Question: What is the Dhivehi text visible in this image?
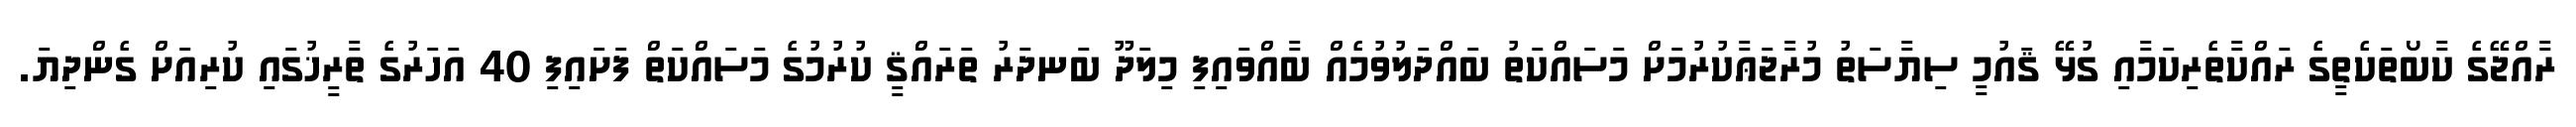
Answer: ރާއްޖޭގެ ކާބޯތަކެތީގެ ރައްކާތެރިކަމާއި ގުޅޭ ޤައުމީ ސިޔާސަތު މުރާޖަޢާކުރުމަށް މަސައްކަތު ބައްދަލުވުމެއް ބާއްވައިފި މިލަދޫ ބަނދަރު ތަރައްޤީ ކުރުމުގެ މަސައްކަތް ފަށައިފި 40 އަހަރުގެ ތާރީޚުގައި ކުރިއަށް ގެންދިޔަ.